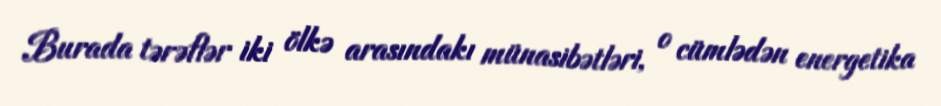
Burada tərəflər iki ölkə arasındakı münasibətləri, o cümlədən energetika